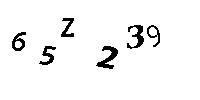
65Z239